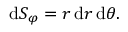
\mathrm { d } S _ { \varphi } = r \, \mathrm { d } r \, \mathrm { d } \theta .